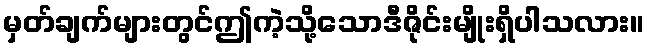
မှတ်ချက်များတွင်ဤကဲ့သို့သောဒီဇိုင်းမျိုးရှိပါသလား။